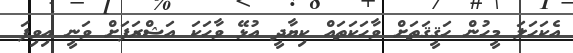
އެކަހަލަ މީހުން ޙަޤީޤަތަށް ވާހަކަތައް ކިޔާދީ އުޅޭ ވާހަކަ އަޝްރަފަށް ވަނީ އިވިފަ